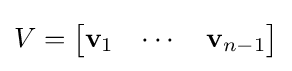
V={\begin{bmatrix}\mathbf {v} _{1}&\cdots &\mathbf {v} _{n-1}\end{bmatrix}}